Punjab Mental Hospital Lahore 1922-31 - 1922-1931
Year: 1922
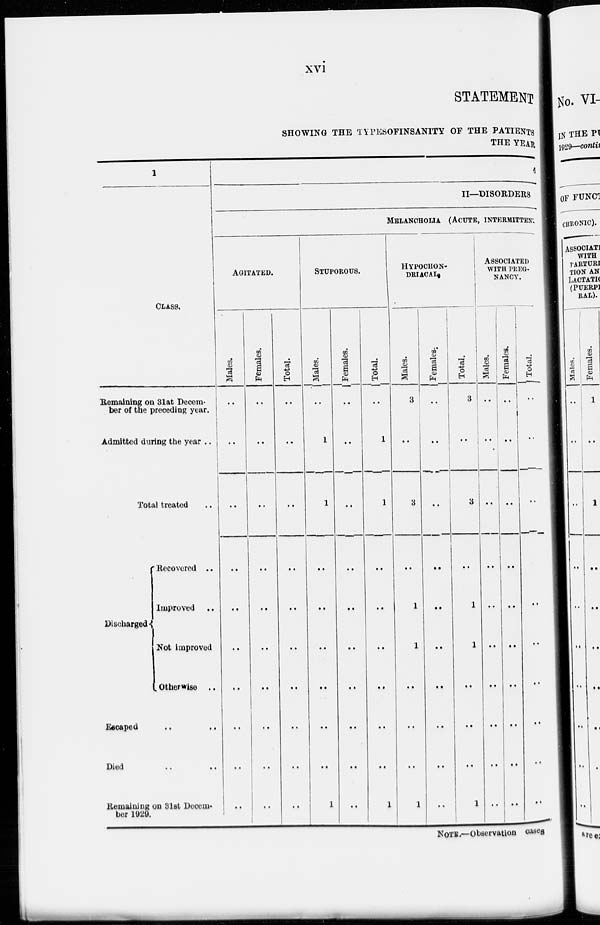
xvi
STATEMENT
SHOWING THE TYPESOFINSANITY OF THE PATIENTS
THE YEAR
1
CLASS.
Remaining on 31st Decem-
ber of the preceding year.
Admitted during the year ..
Total treated ..
Discharged
Recovered ..
Improved ..
Not improved
Otherwise ..
Escaped .. ..
Died .. ..
Remaining on 31st Decem-
ber 1929.
4
II—DISORDERS
MELANCHOLA (ACUTE, INTERMITTENT
AGITATED.
Males.
..
..
..
..
..
..
..
..
..
..
Females.
..
..
..
..
..
..
..
..
..
..
Total.
..
..
..
..
..
..
..
..
..
..
STUPOROUS.
Males.
..
1
1
..
..
..
..
..
..
1
Females.
..
..
..
..
..
..
..
..
..
..
Total.
..
1
1
..
..
..
..
..
..
1
HYPOCHON-
--------
Males.
3
..
3
..
1
1
..
..
..
1
Females.
..
..
..
..
..
..
..
..
..
..
Total.
3
..
3
..
1
1
..
..
..
1
ASSOCIATED
WITH PREG-
NANCY.
Males.
..
..
..
..
..
..
..
..
..
..
Females.
..
..
..
..
..
..
..
..
..
..
Total.
..
..
..
..
..
..
..
..
..
..
NOTE.—Observation cases